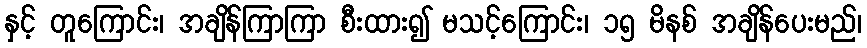
နှင့် တူကြောင်း၊ အချိန်ကြာကြာ စီးထား၍ မသင့်ကြောင်း၊ ၁၅ မိနစ် အချိန်ပေးမည်၊